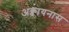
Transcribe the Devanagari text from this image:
अक्वायनास